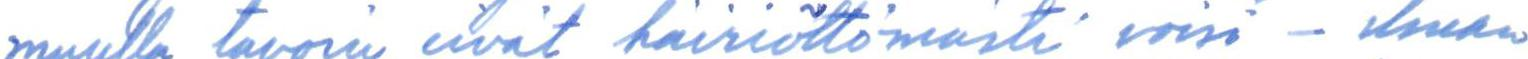
muulla tavoin eivät häiriöttömästi voisi - ilman